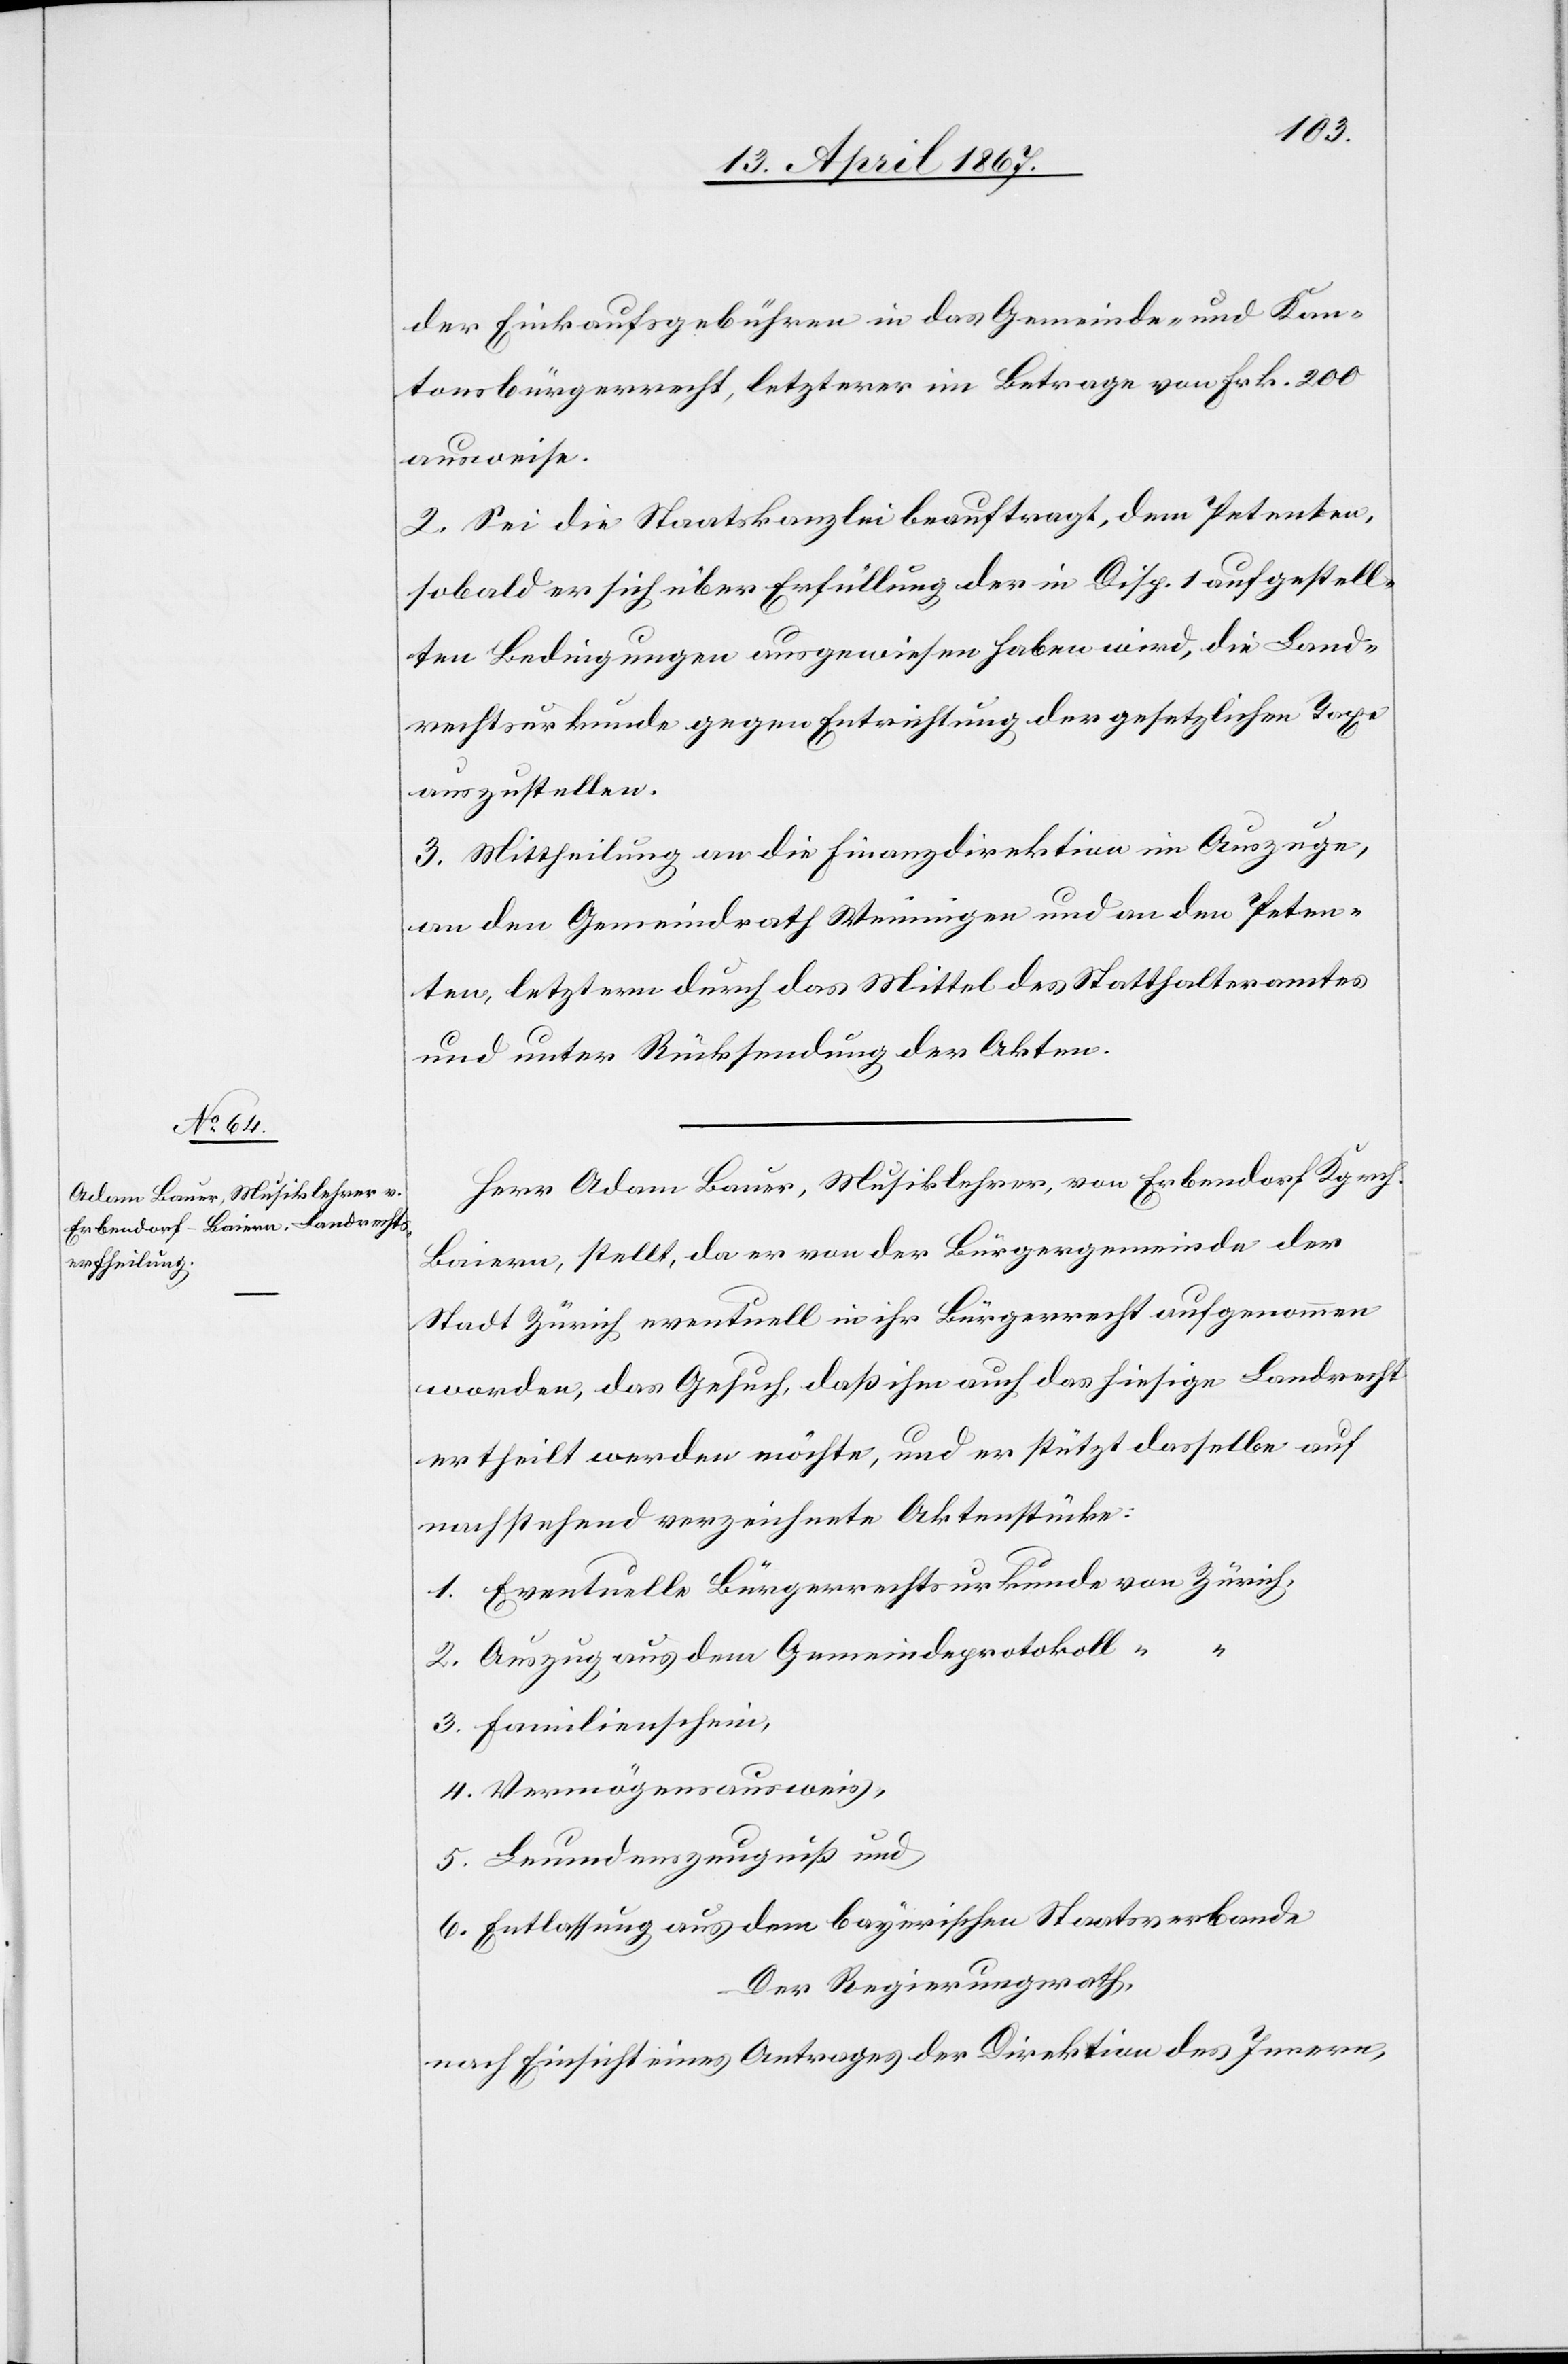
der Einkaufsgebühren in das Gemeinde- und Kan¬
tonsbürgerrecht, letzterer im Betrage von Frk. 200
ausweise.
2. Sei die Staatskanzlei beauftragt, dem Petenten,
sobald er sich über Erfüllung der in Disp. 1 aufgestell¬
ten Bedingungen ausgewiesen haben wird, die Land¬
rechtsurkunde gegen Entrichtung der gesetzlichen Taxe
auszustellen.
3. Mittheilung an die Finanzdirektion im Auszuge,
an den Gemeindrath Weiningen und an den Peten¬
ten, letzterm durch das Mittel des Statthalteramtes
und unter Rücksendung der Akten.
Herr Adam Bauer, Musiklehrer, von Erbendorf Kgrch.
Baiern, stellt, da er von der Bürgergemeinde der
Stadt Zürich eventuell in ihr Bürgerrecht aufgenommen
worden, das Gesuch, daß ihm auch das hiesige Landrecht
ertheilt werden möchte, und er stützt dasselbe auf
nachstehend verzeichnete Aktenstücke:
1.	Eventuelle Bürgerrechtsurkunde von Zürich
2. 	Auszug aus dem Gemeindeprotokoll
3.	Familienschein,
4. 	Vermögensausweis,
5.	Leumdenszeugniß und
6. 	Entlassung aus dem bezirksräthlichen Staatsverbande
Der Regierungsrath,
nach Einsicht eines Antrages der Direktion des Innern,